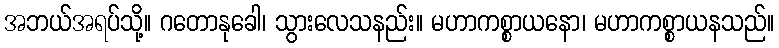
အဘယ်အရပ်သို့။ ဂတောနုခေါ၊ သွားလေသနည်း။ မဟာကစ္စာယနော၊ မဟာကစ္စာယနသည်။